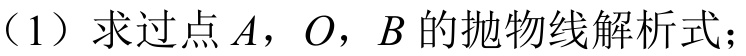
（1）求过点$A$，$O$，$B$的抛物线解析式；